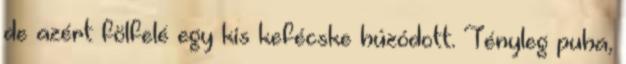
de azért fölfelé egy kis kefécske húzódott. Tényleg puha,